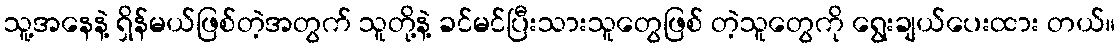
သူ့အနေနဲ့ ရှိန်မယ်ဖြစ်တဲ့အတွက် သူတို့နဲ့ ခင်မင်ပြီးသားသူတွေဖြစ် တဲ့သူတွေကို ရွေးချယ်ပေးထား တယ်။